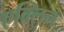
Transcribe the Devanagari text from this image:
एक्लिन